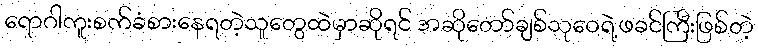
ရောဂါကူးစက်ခံစားနေရတဲ့သူတွေထဲမှာဆိုရင် အဆိုတော်ချစ်သုဝေရဲ့ဖခင်ကြီးဖြစ်တဲ့